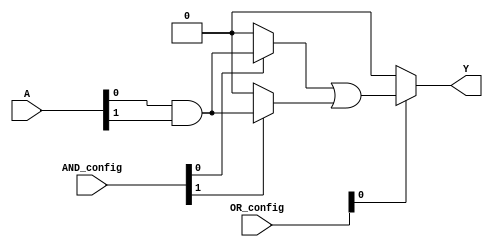
module GAL (
    input wire [N-1:0] A,          // Input signals (N inputs)
    input wire [M-1:0] AND_config, // Configuration for AND gates
    input wire [P-1:0] OR_config,   // Configuration for OR gates
    output wire [Q-1:0] Y           // Output signals (Q outputs)
);
    parameter N = 8; // Number of inputs
    parameter M = 4; // Number of AND gates
    parameter P = 2; // Number of OR gates
    parameter Q = 1; // Number of outputs

    // Declare internal wires for AND gate outputs
    wire [M-1:0] and_out;

    // AND gates implementation
    genvar i;
    generate
        for (i = 0; i < M; i = i + 1) begin : and_gates
            // Each AND gate can be configured based on AND_config
            assign and_out[i] = (AND_config[i] == 1'b1) ? (A[0] & A[1]) : 1'b0; // Example: AND of A[0] and A[1]
            // Extend this logic based on your specific configuration needs
        end
    endgenerate

    // OR gates implementation
    wire [P-1:0] or_out;
    generate
        for (i = 0; i < P; i = i + 1) begin : or_gates
            // Each OR gate can be configured based on OR_config
            assign or_out[i] = (OR_config[i] == 1'b1) ? (and_out[0] | and_out[1]) : 1'b0; // Example: OR of first two AND outputs
            // Extend this logic based on your specific configuration needs
        end
    endgenerate

    // Final output assignment
    assign Y = or_out[0]; // Example: output from the first OR gate

endmodule